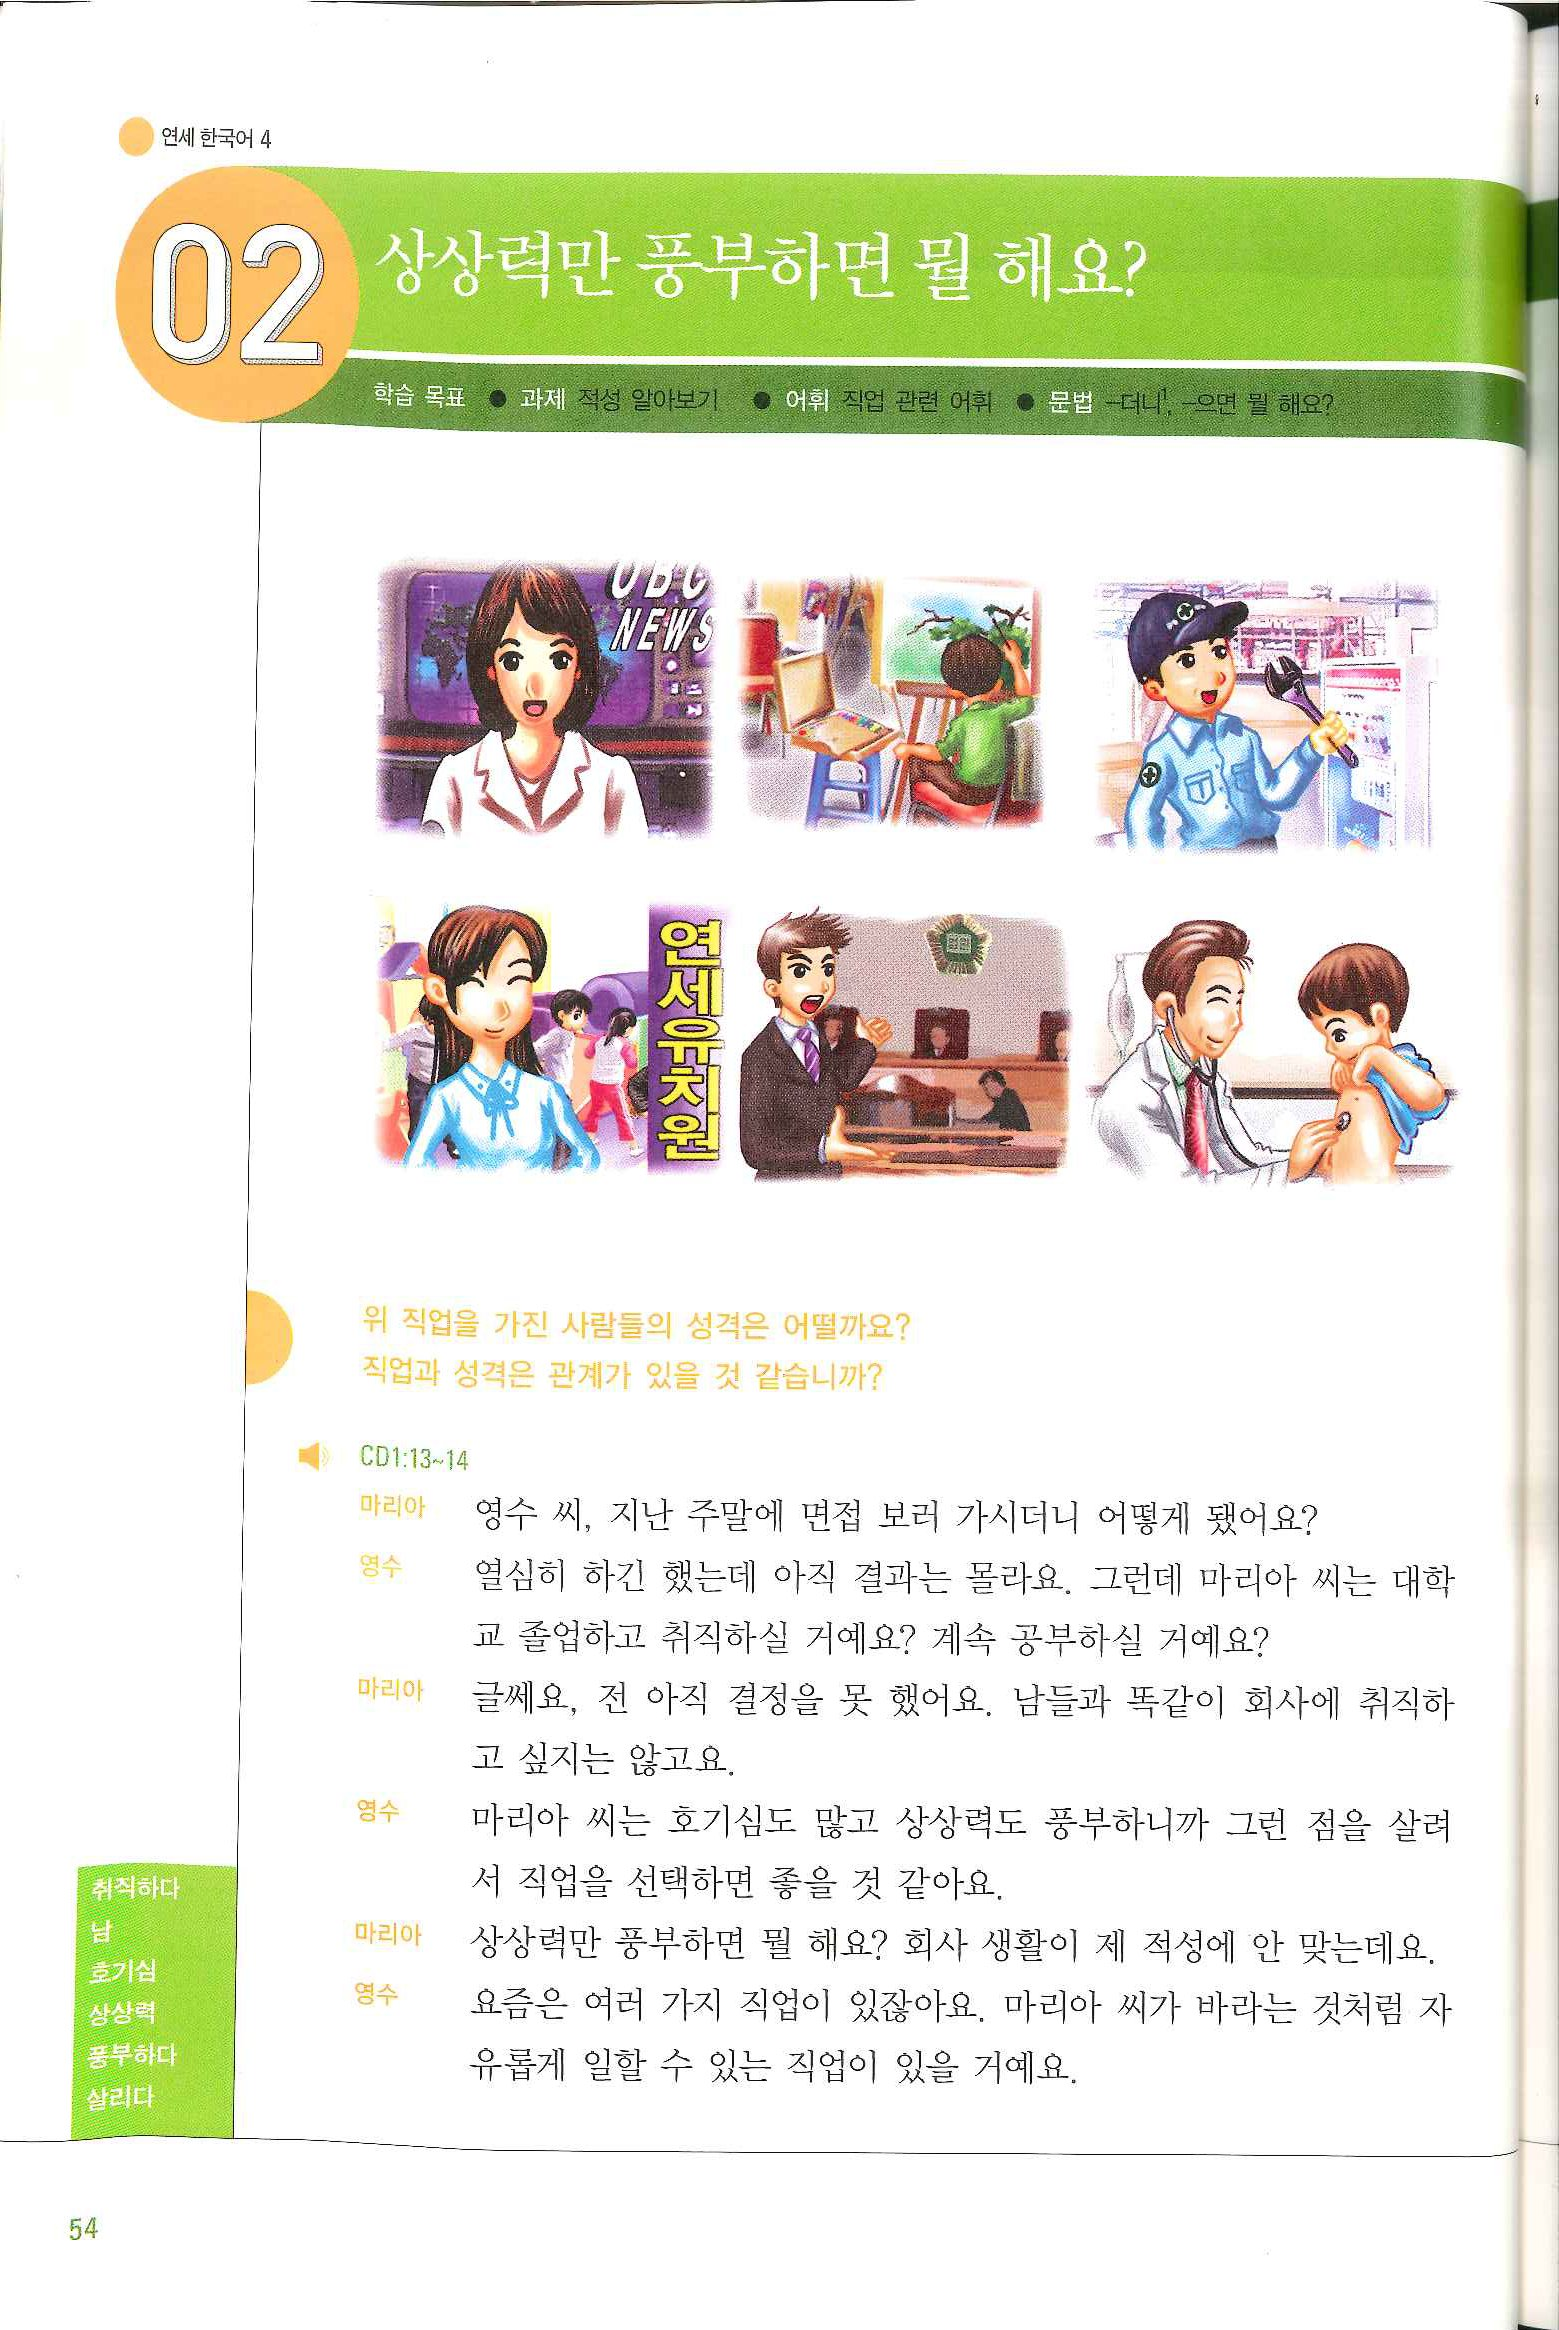
Language: ko